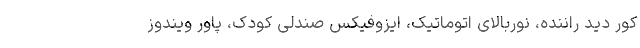
کور دید راننده، نوربالای اتوماتیک، ایزوفیکس صندلی کودک، پاور ویندوز